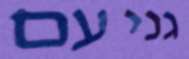
גני עם